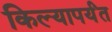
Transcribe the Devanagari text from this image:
किल्यापर्यंत